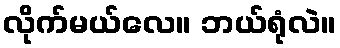
လိုက်မယ်လေ။ ဘယ်ရုံလဲ။